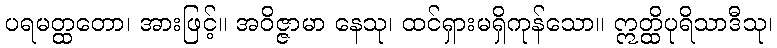
ပရမတ္ထတော၊ အားဖြင့်။ အဝိဇ္ဇာမာ နေသု၊ ထင်ရှားမရှိကုန်သော။ ဣတ္ထိပုရိသာဒီသု၊